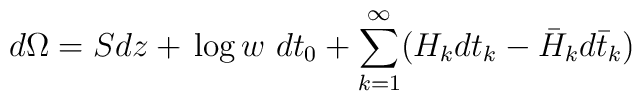
d\Omega =Sdz+\,\mbox{log}\,     w \ dt_{0} +\sum_{k=1}^\infty(H_k dt_k-\bar H_k d\bar t_k)